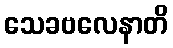
သေခဗလေနာတိ